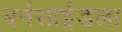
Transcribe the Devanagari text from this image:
बर्नसाईडला